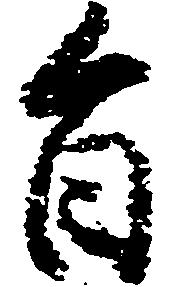
旨